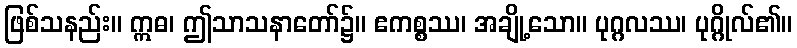
ဖြစ်သနည်း။ ဣဓ၊ ဤသာသနာတော်၌။ ဧကစ္စဿ၊ အချို့သော။ ပုဂ္ဂလဿ၊ ပုဂ္ဂိုလ်၏။